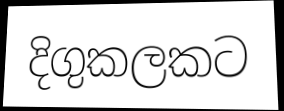
දිගුකලකට